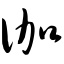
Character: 伽